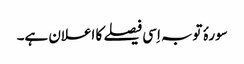
سورۂ توبہ اِسی فیصلے کا اعلان ہے۔